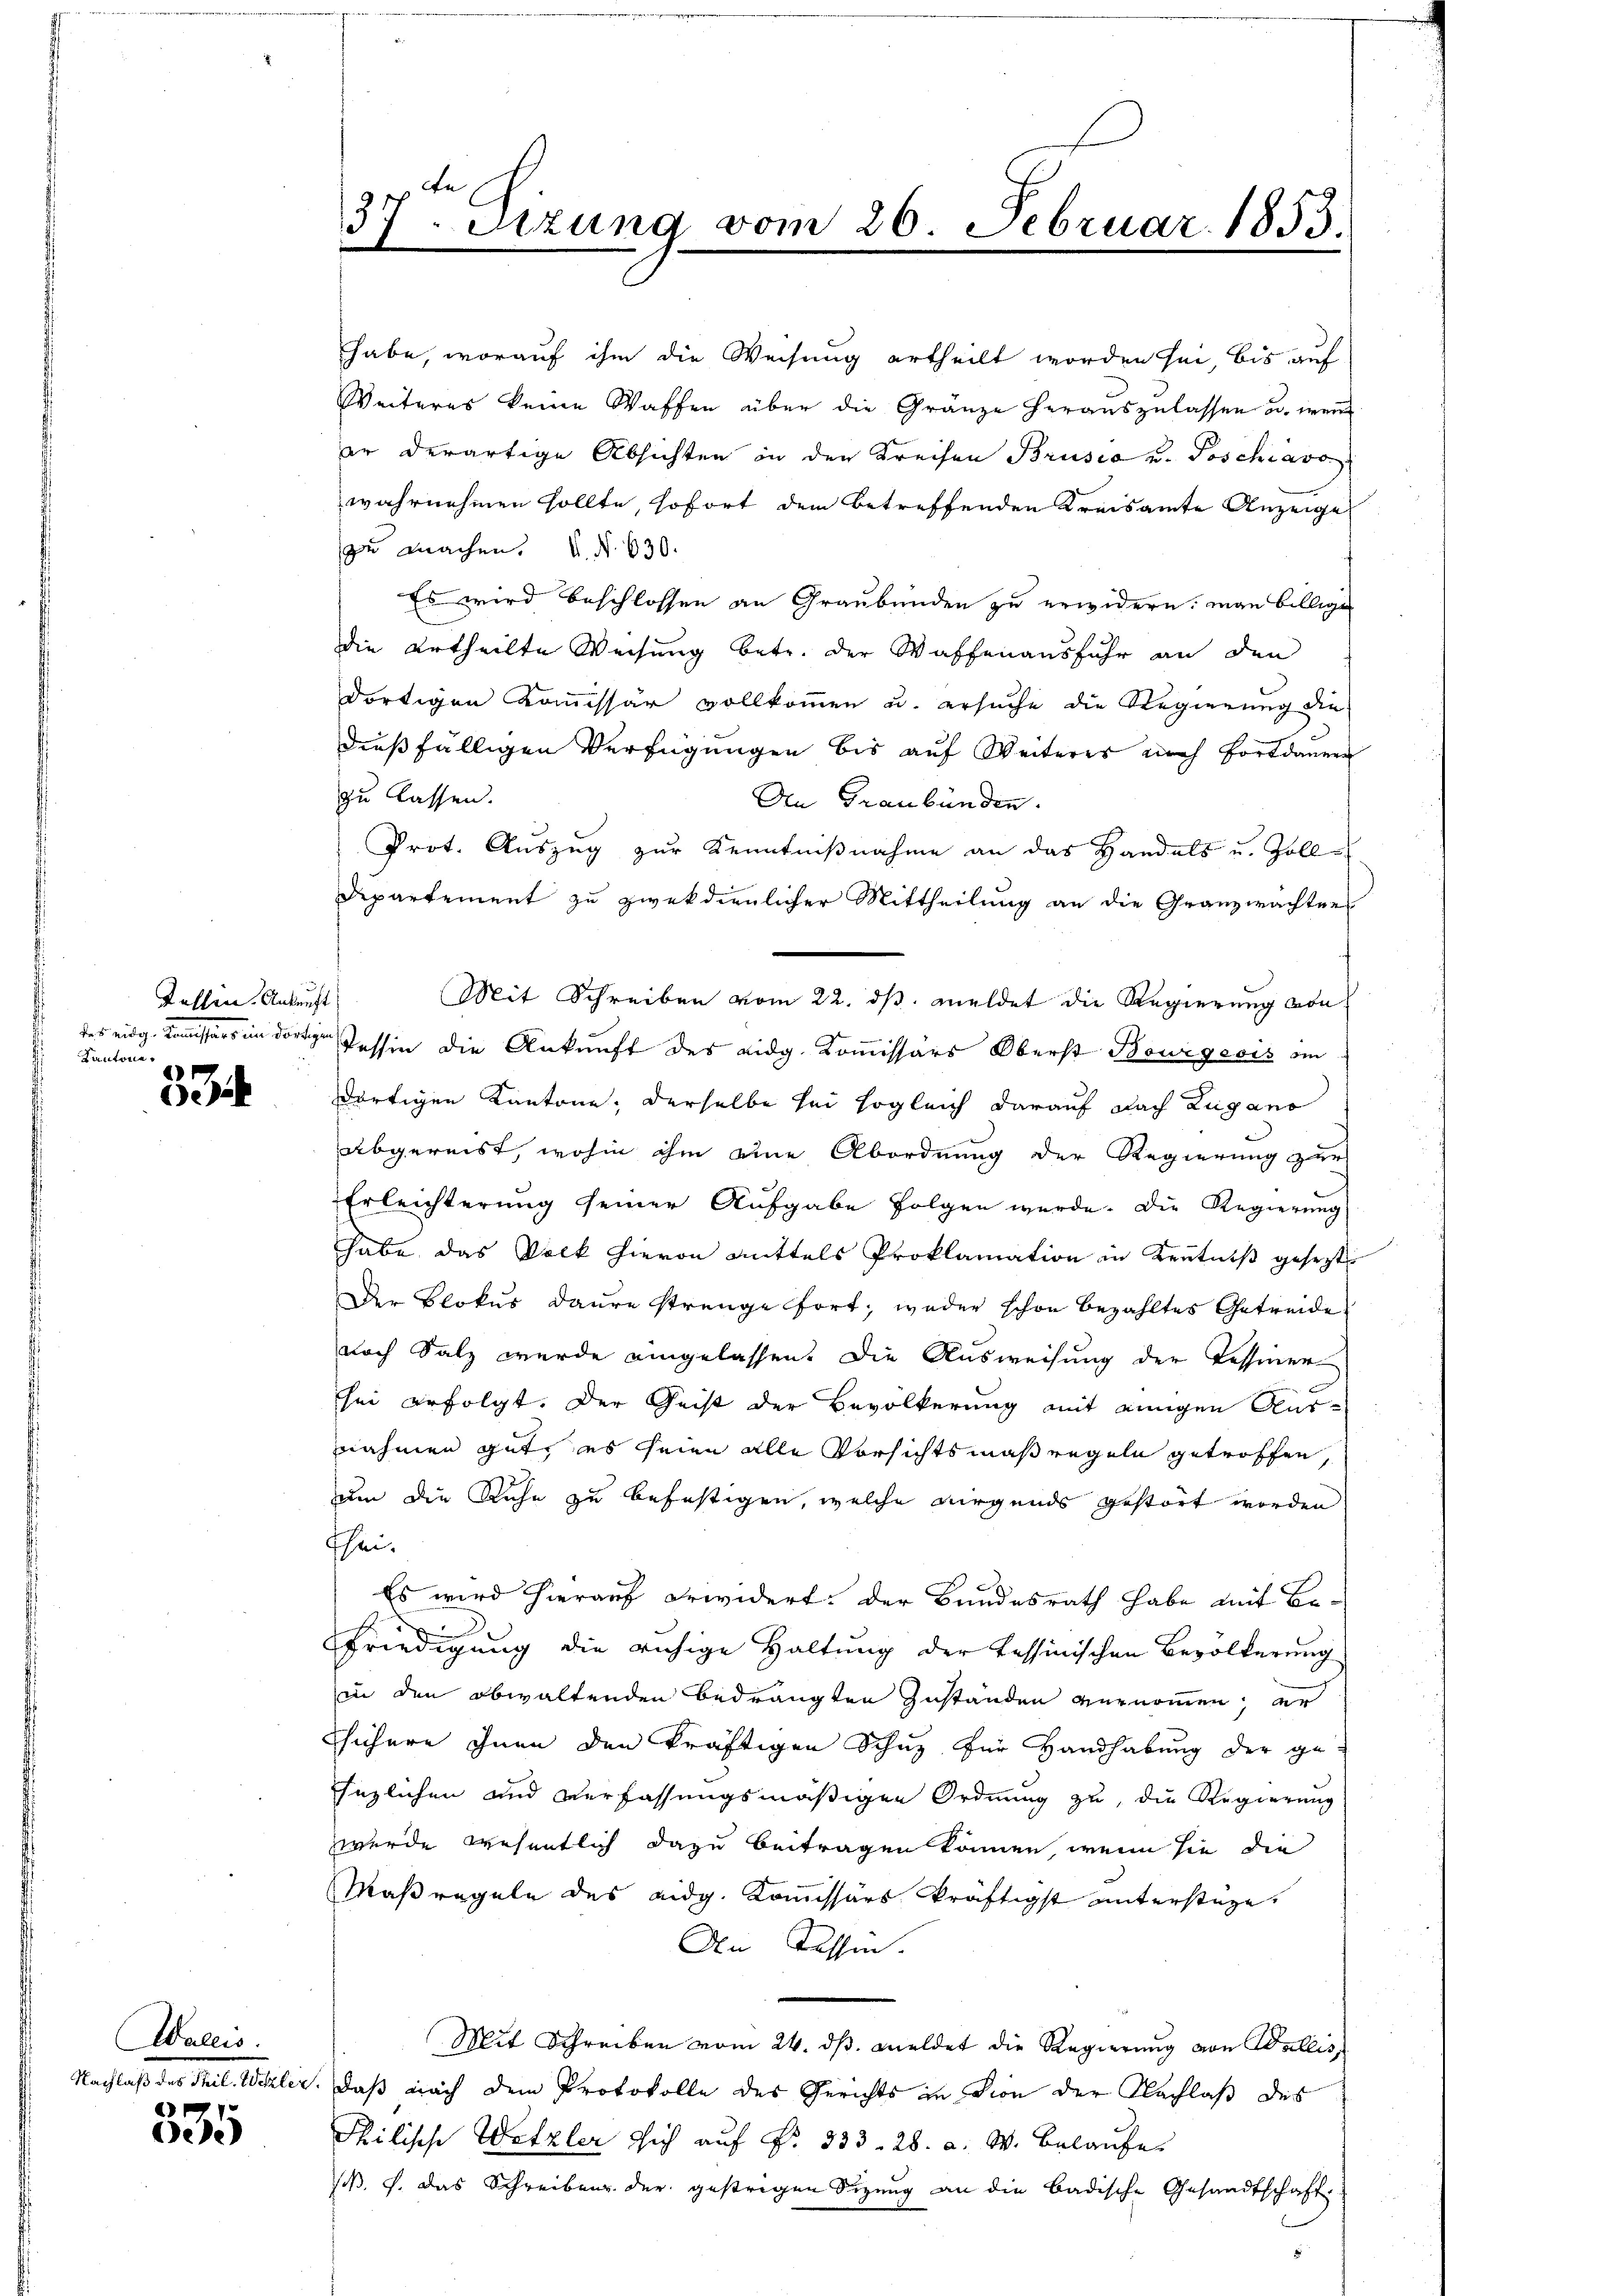
Kallen. Ankunft
ders eidg. Kanalsers in dortigen
Kantone.
77

e

Wallis.

A
e

37. Sizung vom 26. Februar 1853.
x
n

habe, worauf ihm die Weisung ertheilt worden sei, bis auf
Weiteres keine Waffen über die Gränze herauszulassen u. wenn
er derartige Absichten in den Kreisen Brusio u. Poschiavo
wahrnehmen sollte, sofort dem betreffenden Kreisamte Anzeige
zu machen. N. 630.
Es wird beschlossen an Graubünden zu erwidern; man billige
die Urtheilte Weisung betr. der Waffenausfuhr an den
dortigen Kommissär vollkommen u. ersuche die Regierung die
dießfälligen Verfügungen bis auf Weiteres noch fortdauer
zu lassen.
An Graubünden.
Prot. Auszug zur Kenntnißnahme an das Handels u. Zoll¬
Departement zu zweckdienlicher Mittheilung an die Granzwachter
Mit Schreiben vom 22. ds. meldet die Regierung von
Tessin die Ankunft des eidg. Kommissärs Oberst Bourgesis in
dortigen Kantone, derselbe sei sogleich darauf nach Lugano
abgereist, wohin ihm eine Abordnung der Regierung zur
Erleichterung seiner Aufgabe folgen werde. Die Regierŭng
habe das Volk hievon mittels Proklamation in Kenntniß gesezt
Der Blokus daure strenge fort, weder schon bezahltes Getreide
noch Salz wurde eingelassen. Die Ausweisung der Tessiner
shei erfolgt. Der Geist der Bevölkerung mit einigen Ausnahmen gut, es seien alle Vorsichtsmaßregeln getroffen,
um die Ruhe zu befestigen, welche nirgends gestört worden
Phei.
Es wird hierauf erwidert: Der Bundesrath habe mit Be-
d
¬
Friedigung die ruhige Haltung der Tessinischen Bevölkerung
in den obwaltenden Bedrängten zuständen vernommen, er
Thühere ihnen den kräftigen Schuz für Handhabung der ge
sezlichen und Verfassungsmäßigen Ordnung zu, die Regierung
wurde wesentlich dazu beitragen können, wenn sie die
Maßregeln des eidg. Kommissärs kräftigst unterstüze
An Tassen.
Mit Schreiben vom 24. dβ. meldet die Regierung von Wallis,
Nachlaß des Thil. Willer, daß nach dem Protokolle des Gerichts in Dion der Nachlaß des
Philische Wetzler sich auf Nr. 333. 28. a. W. Belaufe
ß. f. das Schreibens der gestrigen Sizung an die badische Gesandtschaft-